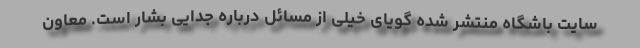
سایت باشگاه منتشر شده گویای خیلی از مسائل درباره جدایی بشار است. معاون